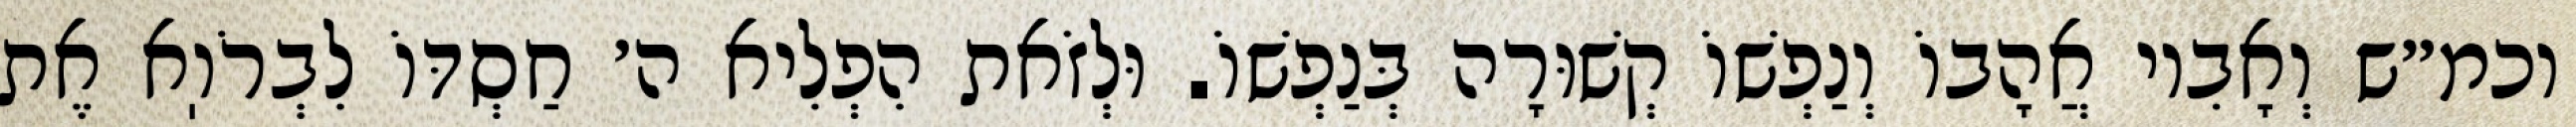
וכמ״ש וְאָבִיו אֲהָבוֹ וְנַפְשׁוֹ קְשׁוּרָה בְּנַפְשׁוֹ. וּלְזֹאת הִפְלִיא ה׳ חַסְדּוֹ לִבְרֹוֽא אֶת